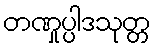
တဏှုပ္ပါဒသုတ္တ